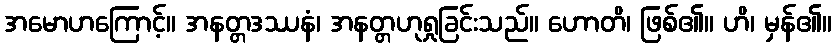
အမောဟကြောင့်။ အနတ္တဒဿနံ၊ အနတ္တဟုရှုခြင်းသည်။ ဟောတိ၊ ဖြစ်၏။ ဟိ၊ မှန်၏။